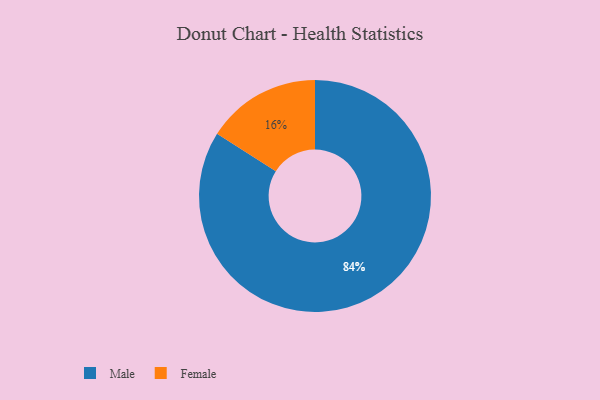
{"axis": {"x": "Category", "y": "Percentage"}, "legend": ["Female", "Male"], "data": [{"x": "Male", "y": 84, "type": "Male"}, {"x": "Female", "y": 16, "type": "Female"}]}